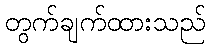
တွက်ချက်ထားသည်